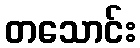
တသောင်း